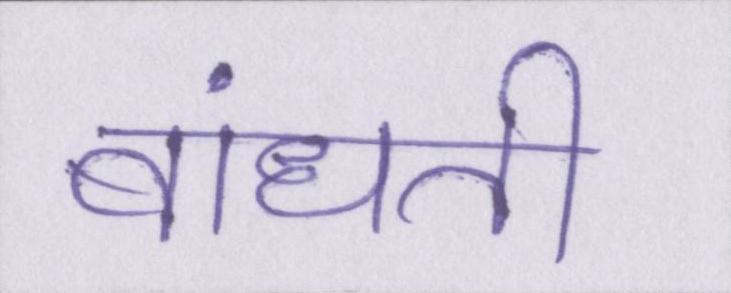
बांधती